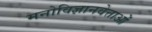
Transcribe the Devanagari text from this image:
मनोविज्ञानवेत्ताओं